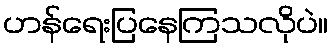
ဟန်ရေးပြနေကြသလိုပဲ။